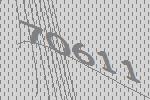
70611